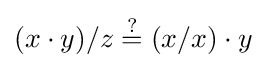
(x\cdot y)/z\mathrel {\overset {?}{=}} (x/x)\cdot y